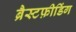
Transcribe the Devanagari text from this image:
ब्रैस्टफ़ीडिंग